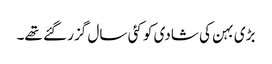
بڑی بہن کی شادی کو کئی سال گزر گئے تھے۔